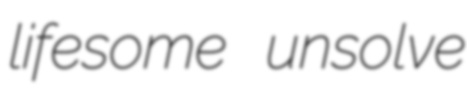
lifesome unsolve